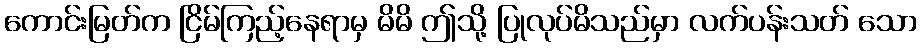
ကောင်းမြတ်က ငြိမ်ကြည့်နေရာမှ မိမိ ဤသို့ ပြုလုပ်မိသည်မှာ လက်ပန်းသတ် သော